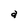
Character: a